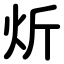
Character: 炘